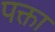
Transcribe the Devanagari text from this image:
पक्ता